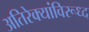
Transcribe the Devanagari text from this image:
अतिरेक्यांविरूध्द